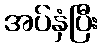
အပ်နှံပြီး